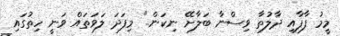
މީމު ފާފާއި ދާލުތާ ވިސްނާ ބަލާށޭ ނިކަން.." މިފަދަ ލަވަތައް ވަނީ ހިތުގައި